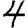
Digit: 4